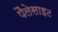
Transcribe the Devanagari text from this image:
पैलेसाइट